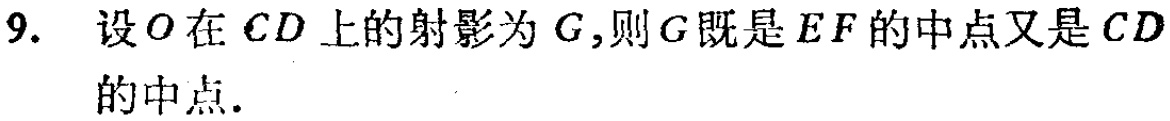
9. 设\(O\)在\(CD\)上的射影为\(G\)，则\(G\)既是\(EF\)的中点又是\(CD\)的中点.